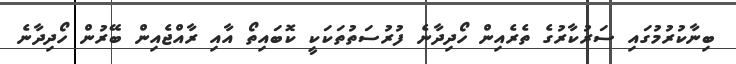
ބިނާކުރުމުގައި ސަރުކާރުގެ ތެރެއިން ހޯދިދާނެ ފުރުސަތުތަކަކީ ކޮބައިތޯ އާއި ރާއްޖެއިން ބޭރުން ހޯދިދާނެ